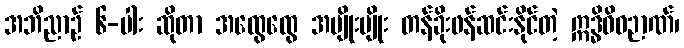
အဘိညာဉ် ၆-ပါး ဆိုတာ အထွေထွေ အမျိုးမျိုး တန်ခိုးဖန်ဆင်းနိုင်တဲ့ ဣဒ္ဓိဝိဓဉာဏ်၊